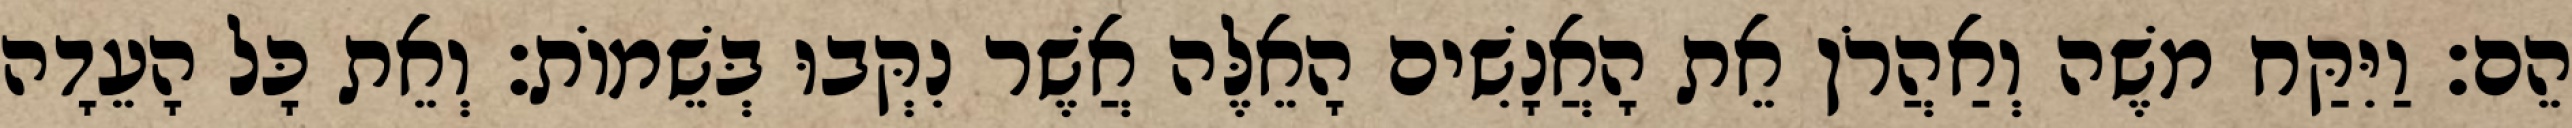
הֵם׃ וַיִּקַּח משֶׁה וְאַהֲרֹן אֵת הָאֲנָשִׁים הָאֵלֶּה אֲשֶׁר נִקְּבוּ בְּשֵׁמוֹת׃ וְאֵת כָּל הָעֵדָה